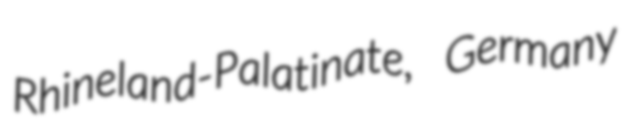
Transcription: Rhineland-Palatinate, Germany